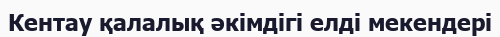
Кентау қалалық әкімдігі елді мекендері